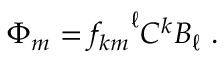
\Phi _ { m } = { f _ { k m } } ^ { \ell } C ^ { k } B _ { \ell } ~ .